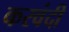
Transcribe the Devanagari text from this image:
करवंदी